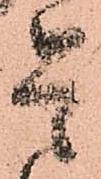
是